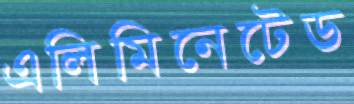
এলিমিনেটেড